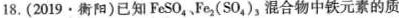
18.(2019·衡阳)已知FeSO_{4}、Fe_{2}(SO_{4})_{3}，混合物中铁元素的质